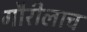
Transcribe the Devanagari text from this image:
गौरीलाच